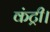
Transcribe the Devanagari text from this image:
कंट्री।